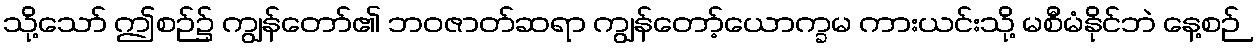
သို့သော် ဤစဉ်၌ ကျွန်တော်၏ ဘဝဇာတ်ဆရာ ကျွန်တော့်ယောက္ခမ ကားယင်းသို့ မစီမံနိုင်ဘဲ နေ့စဉ်